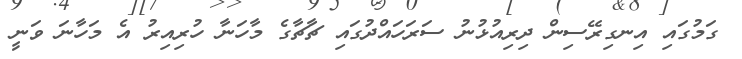
ގަމުގައި އިނގިރޭސިން ދިރިއުޅުނު ސަރަހައްދުގައި ޗާޗާގެ މާހަނާ ހުރިއިރު އެ މަހާނަ ވަނީ